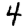
Digit: 4